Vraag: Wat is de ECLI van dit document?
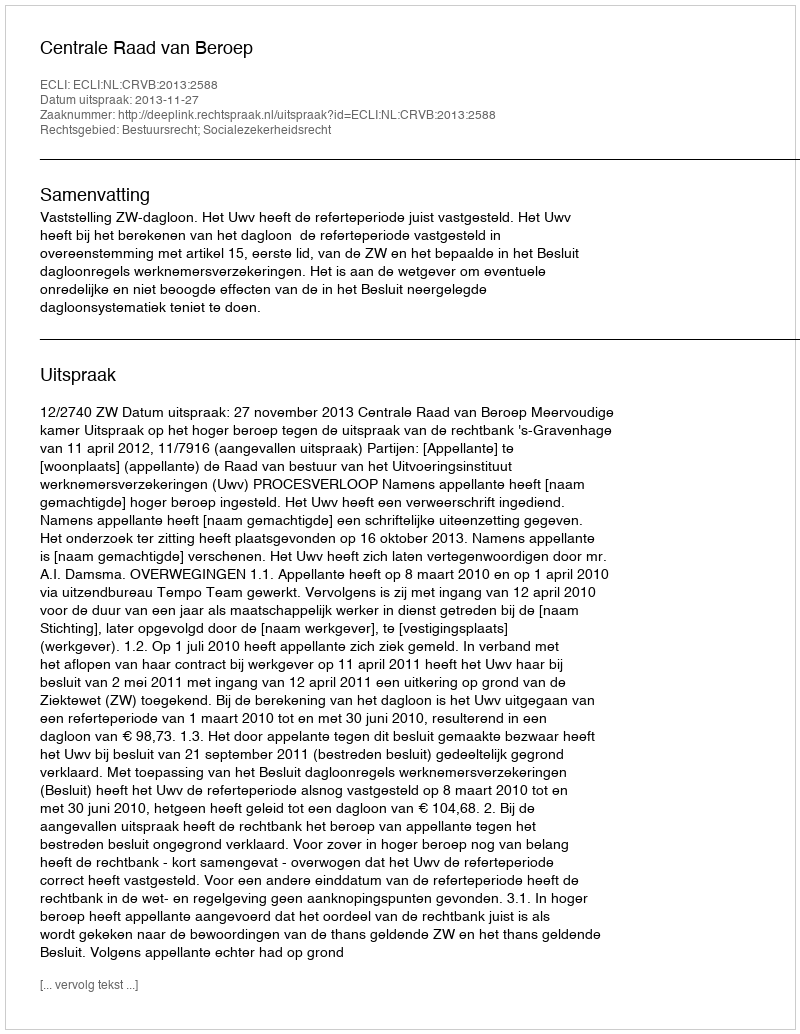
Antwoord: ECLI:NL:CRVB:2013:2588